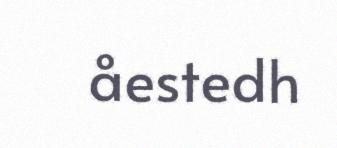
åestedh